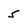
Character: 5